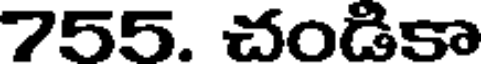
755. చండికా